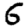
Digit: 6